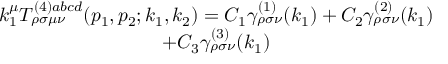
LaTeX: \begin{array} { c } { { k _ { 1 } ^ { \mu } T _ { \rho \sigma \mu \nu } ^ { ( 4 ) a b c d } ( p _ { 1 } , p _ { 2 } ; k _ { 1 } , k _ { 2 } ) = C _ { 1 } \gamma _ { \rho \sigma \nu } ^ { ( 1 ) } ( k _ { 1 } ) + C _ { 2 } \gamma _ { \rho \sigma \nu } ^ { ( 2 ) } ( k _ { 1 } ) } } \\ { { + C _ { 3 } \gamma _ { \rho \sigma \nu } ^ { ( 3 ) } ( k _ { 1 } ) } } \end{array}